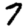
Digit: 7